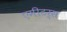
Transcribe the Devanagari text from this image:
एमीटर्स